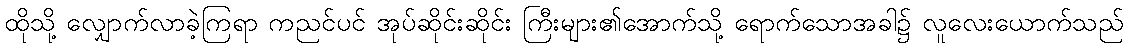
ထိုသို့ လျှောက်လာခဲ့ကြရာ ကညင်ပင် အုပ်ဆိုင်းဆိုင်း ကြီးများ၏အောက်သို့ ရောက်သောအခါ၌ လူလေးယောက်သည်